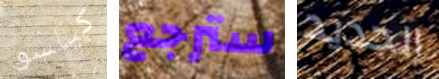
كيلسو سترجع الجديد